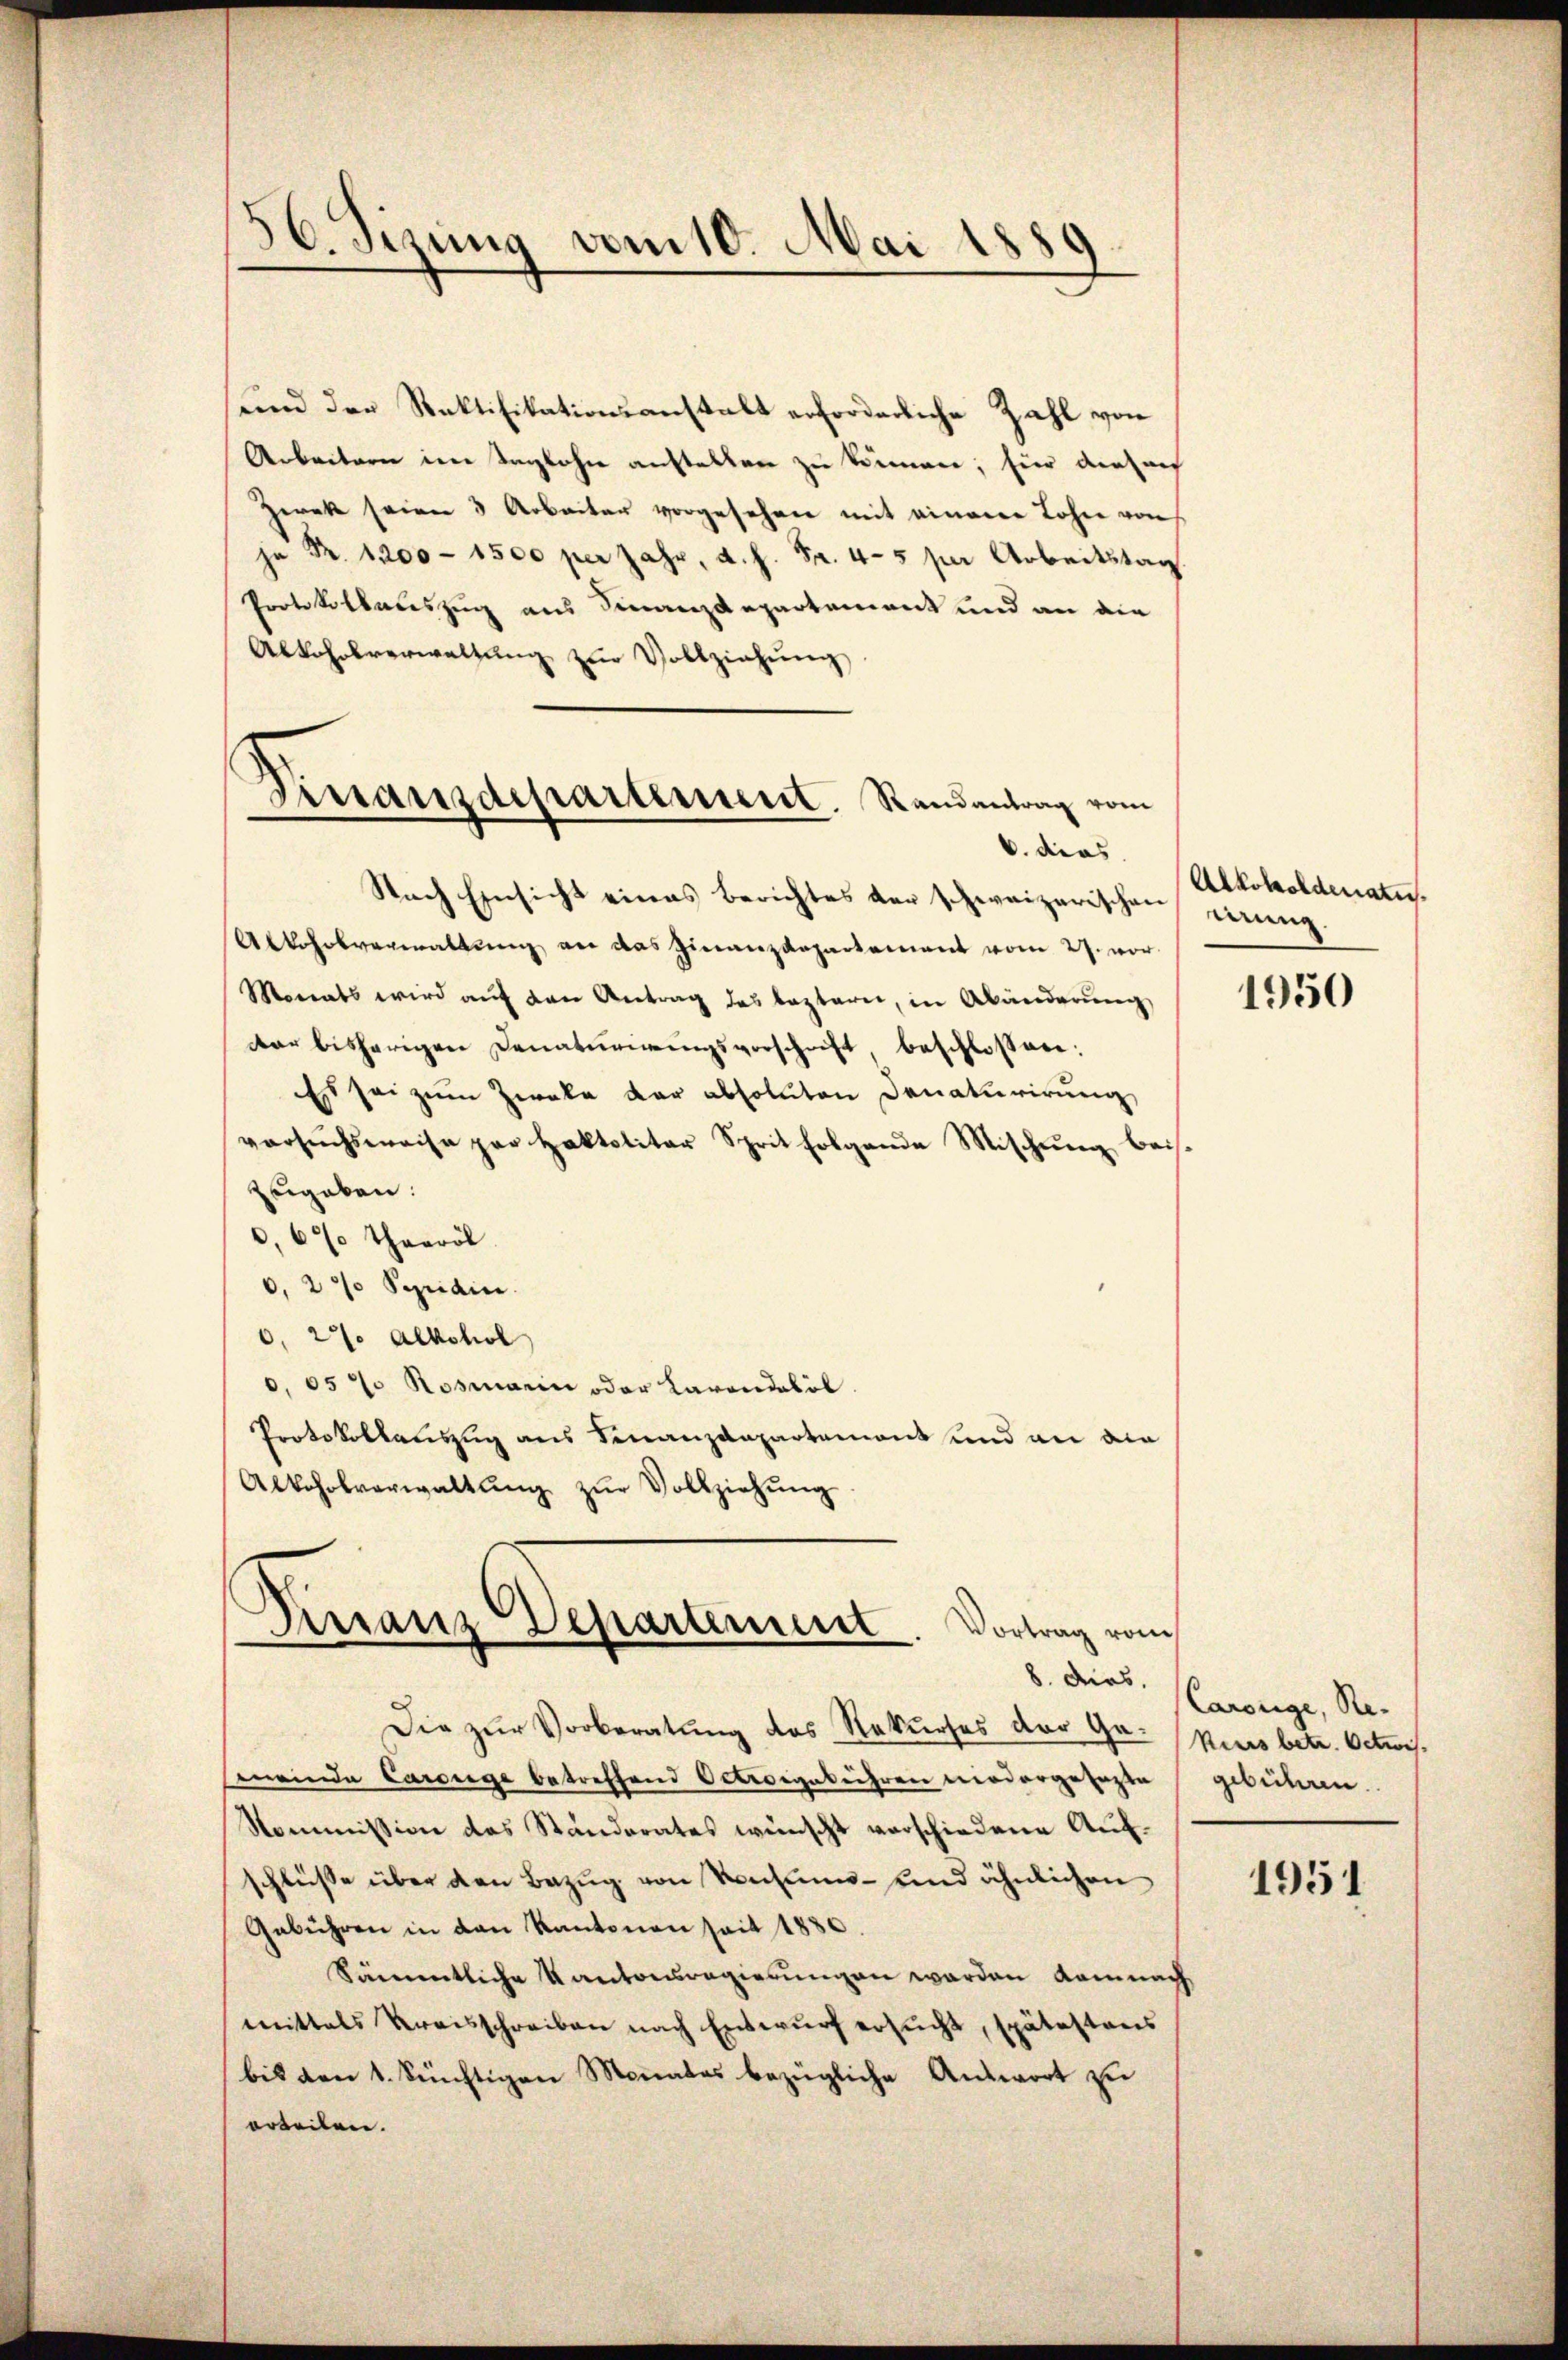
56. Sizung vom 10. Mai 1889.

und der Rektifikationsanstalt erforderliche Zahl von
Arbeitern im Taglohn austellen zu können; hier diesen
Zwek seien 3 Arbeiter vorgesehen mit einem Lohne von
 Pr. 1200 - 1500 per Jahr, d. h. Fr. 4-5 per Arbeitstag
Protokollauszug aus Finanzdepartement und an die
Abkehrsverwaltung zur Vollziehung
b. dies
Nach Einsicht eines Berichtes der schweizerischen eineng
Alkoholverwaltung an das Finanzdepartement vom 27. vor
Monats wird aŭf den Antrag des lezterer, in Abänderŭng
dar bisherigen Denatŭrirungsvorschrift, beschlossen:
Es sei zum Zweke der absoluten Denaturirung
versuchsweise par Haktalitar Sprit folgende Mischŭng bei
zugeben.
,6% thaeröl
0. 27 Seridin
0, 27. Alkohol
0,05 7 Rosmann oder Carandalöl.
Protokollanung aus Finanzdepartement und an die
Alkoholverwaltŭng zŭr Vollziehŭng

Finanzdepartement. Randantrag vom

Dirranz Departement. Vortrag vom

Die zur Vorberatung des Rekurses der Gr. Kursbetr. Octwismeinde Carsiege betreffend Oetwegebühren wiedergesagte
Kommission des Ständerates wünscht verschiedene Aufschlüsse über den Bezŭg von Ventums- und ähnlichen
Gebühren in den Kantonen seit 1830.
Sämmtliche Kantonsregierungen worden damnach
mittels Kreisschreiben nach Entwŭrf ersŭcht, spätestans
bis den 1. Süchtigen Monates bezügliche Antwort zu
orteilen.

Alkoholdenatus.

1950

8. ders. Carorige, Re- |
gebühren.

1951